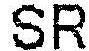
SR